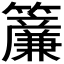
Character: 𬖄